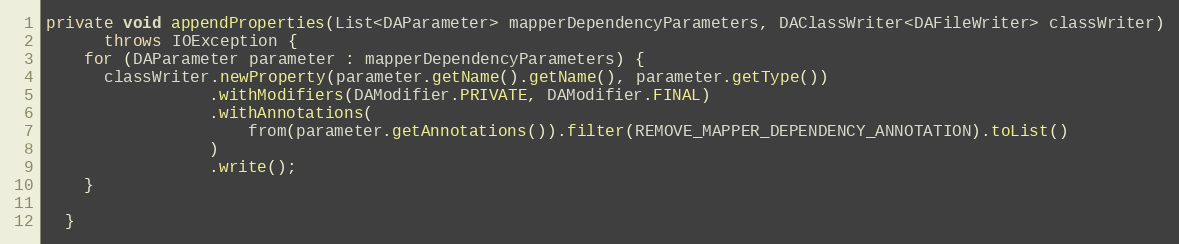
Language: Java
private void appendProperties(List<DAParameter> mapperDependencyParameters, DAClassWriter<DAFileWriter> classWriter)
      throws IOException {
    for (DAParameter parameter : mapperDependencyParameters) {
      classWriter.newProperty(parameter.getName().getName(), parameter.getType())
                 .withModifiers(DAModifier.PRIVATE, DAModifier.FINAL)
                 .withAnnotations(
                     from(parameter.getAnnotations()).filter(REMOVE_MAPPER_DEPENDENCY_ANNOTATION).toList()
                 )
                 .write();
    }

  }